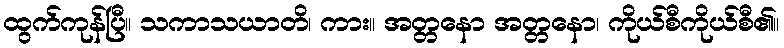
ထွက်ကုန်ပြီ။ သကာသယာတိ၊ ကား။ အတ္တနော အတ္တနော၊ ကိုယ်စီကိုယ်စီ၏။